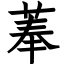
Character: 菶